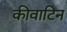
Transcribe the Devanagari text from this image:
कीवाटिन